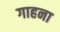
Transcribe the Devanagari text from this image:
गाहना